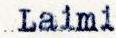
Laimi